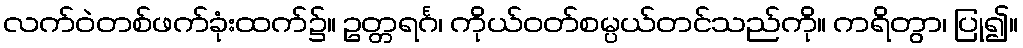
လက်ဝဲတစ်ဖက်ခုံးထက်၌။ ဥတ္တရင်္ဂ၊ ကိုယ်ဝတ်စမ္ပယ်တင်သည်ကို။ ကရိတွာ၊ ပြု၍။